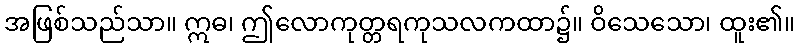
အဖြစ်သည်သာ။ ဣဓ၊ ဤလောကုတ္တရကုသလကထာ၌။ ဝိသေသော၊ ထူး၏။